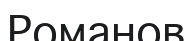
Романов